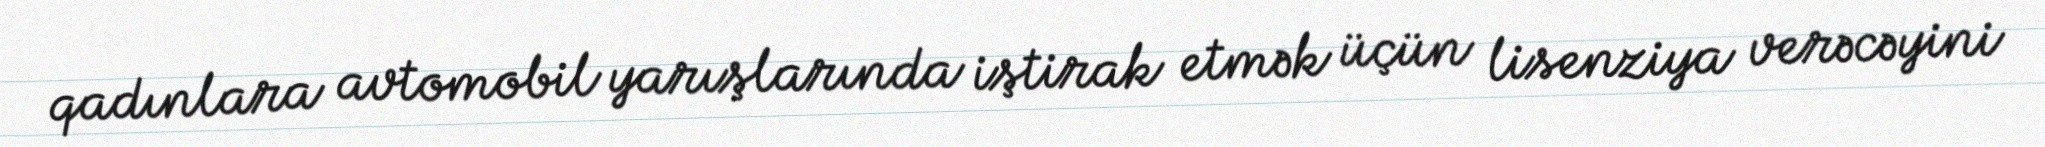
qadınlara avtomobil yarışlarında iştirak etmək üçün lisenziya verəcəyini